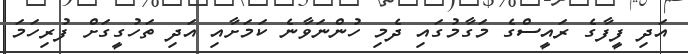
އަދި ފީފާގެ ރައީސްގެ މަގާމުގައި ދެމި ހުންނަވާނެ ކަމަށާއި އަދި ތަހުގީގަށް ފުރިހަމަ